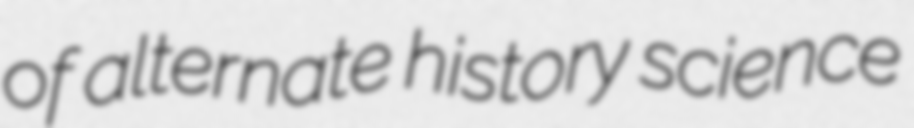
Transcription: of alternate history science